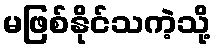
မဖြစ်နိုင်သကဲ့သို့